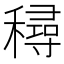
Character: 𥢛